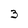
Character: 3